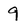
Character: 9